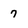
Character: 7